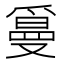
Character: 𤔫